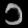
Digit: ၁